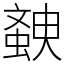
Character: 螤